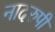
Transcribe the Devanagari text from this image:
नादरुपी